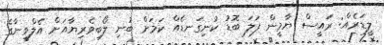
ލީޑަރެއް: ރައީސް ޔާމީން ފަލަ ބޮޑު ކުނިގަނޑެއް ކަމަށް ބުނި ލޯބިވެރިޔާއަށް އެލްވީނާގެ